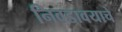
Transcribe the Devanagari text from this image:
निवडावयाचे